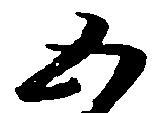
五